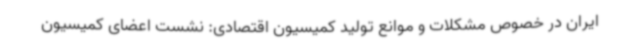
ایران در خصوص مشکلات و موانع تولید کمیسیون اقتصادی: نشست اعضای کمیسیون